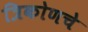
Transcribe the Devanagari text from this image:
त्रिकोणचे